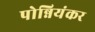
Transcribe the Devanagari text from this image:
पोन्नियंकर